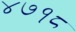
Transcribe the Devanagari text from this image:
४७१८